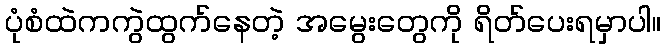
ပုံစံထဲကကွဲထွက်နေတဲ့ အမွေးတွေကို ရိတ်ပေးရမှာပါ။